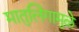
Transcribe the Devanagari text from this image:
मातुलिंगामुळे